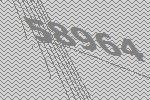
58964